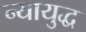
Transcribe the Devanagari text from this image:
न्यायुद्ध